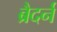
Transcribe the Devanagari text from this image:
ब्रैदर्न